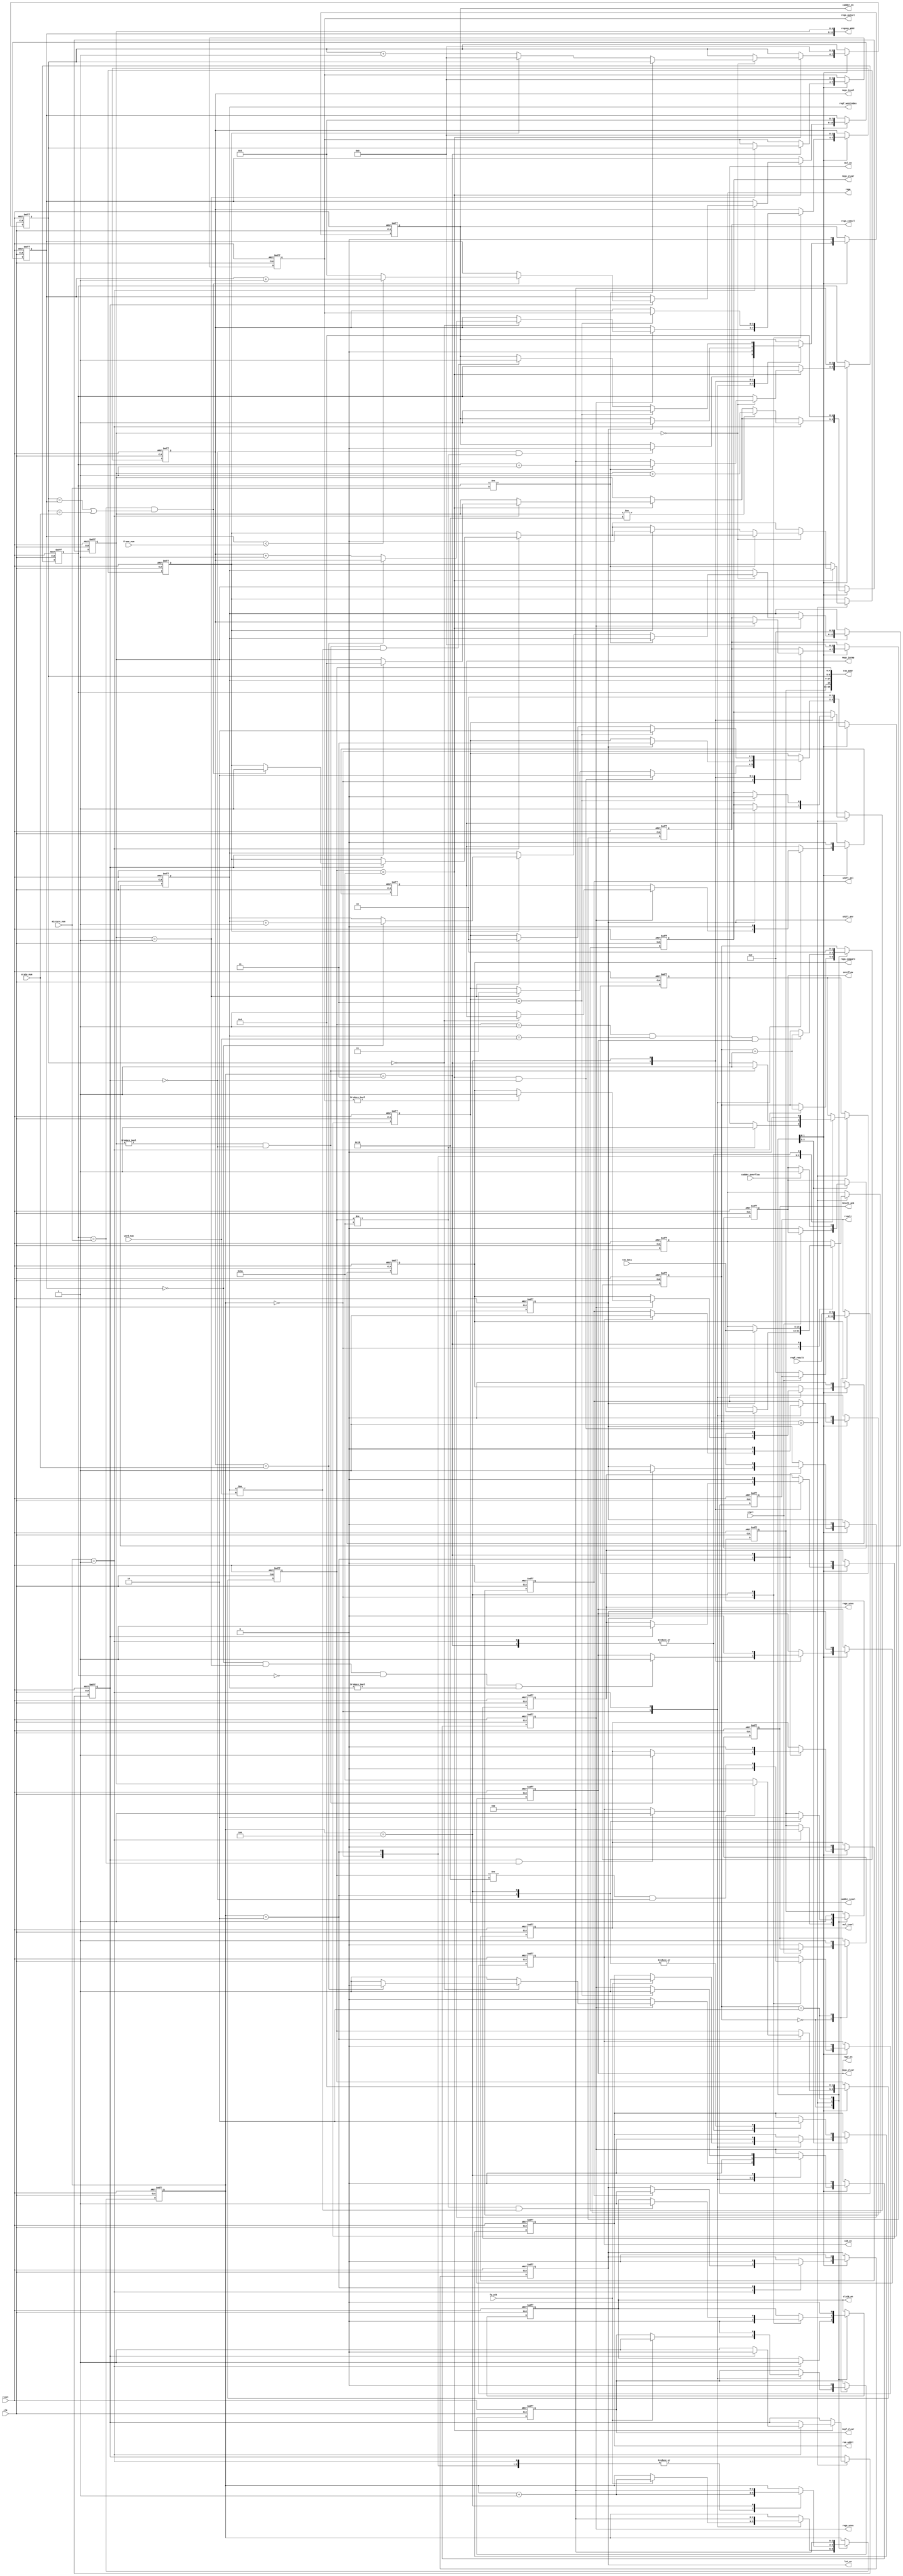
module decon(start,fv_ack,clk,reset,result_ack,result,overflow,
			rom_data,rom_addr,rom_addrt,
			regcep_addr,
			cla16_en,
			mul_insel,mul_en,
			cadder_overflow,cadder_en,cadder_insel,rega,
			regx_wren,regx_clear,
			sub_en,
			shift_enr,shift_enl,
			lut_en,
			regs_wren,regs_insel,regs_intmp,regs_outsel,regs_compare,regs_comsel,regs_clear,
			regf_en,regf_wordindex,regf_clear,regf_result,
			frame_num,state_num,mixture_num,word_num);

input start,fv_ack;
input clk,reset;
output result_ack,overflow;
reg result_ack,overflow;
output [5:0]result;
reg [5:0]result;

input [15:0]rom_data;

output [18:0]rom_addr;
output rom_addrt;
reg rom_addrt;

output [12:0]regcep_addr;

output cla16_en;
reg cla16_en;

output mul_insel,mul_en;
reg mul_insel,mul_en;

input cadder_overflow;
output cadder_en;
output [1:0]cadder_insel;
output [15:0]rega;
reg cadder_en;
reg [1:0]cadder_insel;
reg [15:0]rega;//hold lnaij-lnaii

output regx_wren,regx_clear;
reg regx_wren,regx_clear;

output sub_en;
reg sub_en;

output shift_enr,shift_enl;
reg shift_enr,shift_enl;

output lut_en;
reg lut_en;

output regs_wren,regs_intmp,regs_compare,regs_clear;
output [3:0]regs_insel,regs_outsel,regs_comsel;
reg regs_wren,regs_intmp,regs_compare;
reg [3:0]regs_insel,regs_outsel,regs_comsel;

output regf_en,regf_clear;
output [5:0]regf_wordindex;
reg regf_en,regf_clear;
input [5:0]regf_result;

input [7:0]frame_num;//frame_num=true_frame_number-1,max=256
input [3:0]state_num;//max=16
input [2:0]mixture_num;//max=8
input [5:0]word_num;//max=64;

reg [4:0]addr_com;//last 5 bit for rom, 26 vectors
reg [4:0]addr_cam;//last 5 bit for ram, 26 vectors

reg [7:0]frame_addr;//first 8 address for ram, count frame

reg [2:0]db;//first address bit of rom,double mixtures,0 for x1,1 for x2
reg mean;//second address bit of rom,1 for mean,0 for variance
reg [5:0]word_addr;//count the current word index
reg [3:0]state_addr;//count state of the model
reg tsa;

reg delay;

/*---state machine---*/

reg [1:0]state;
reg [2:0]statei;

assign rom_addr={db,mean,word_addr,state_addr,addr_com};
assign regcep_addr={frame_addr,addr_cam};
assign regf_wordindex=word_addr;
assign regs_clear=regf_en;

always@(posedge clk or negedge reset)
begin
	if(reset==0)
	begin
		addr_cam<=0;
		frame_addr<=0;
		
		addr_com<=0;
		rom_addrt<=0;
		db<=0;
		mean<=1;
		word_addr<=0;
		state_addr<=0;
		tsa<=0;
		cla16_en<=0;
		
		mul_insel<=0;
		mul_en<=0;
		
		cadder_en<=0;
		cadder_insel<=0;
		rega<=0;
		
		regx_wren<=0;
		regx_clear<=0;
		
		sub_en<=0;
		
		shift_enr<=0;
		shift_enl<=0;
		
		lut_en<=0;
		
		regs_wren<=0;
		regs_insel<=0;
		regs_intmp<=0;
		regs_outsel<=0;
		regs_compare<=0;
		regs_comsel<=0;
		
		regf_en<=0;
		regf_clear<=0;
		
		result_ack<=0;
		result<=0;
		overflow<=0;
		
		state<=0;
		statei<=0;
		delay<=0;
	end
	else
	begin
	 case(state)
			0:
			/*---read in model parameters when fv_ack is 1---*/
			begin
				if(start==0)
				begin
					overflow<=0;
					result_ack<=0;
					result<=0;
				end
				
				case(statei)
				0:
				begin
					if(fv_ack==1)
					begin
						rom_addrt<=1;
						regf_clear<=1;
						statei<=statei+1;
					end
				end
				1:
				begin
					rom_addrt<=0;
					mean<=0;
					regf_clear<=0;
					cla16_en<=1;
					statei<=0;
					state<=state+1;
				end
				endcase
			end
			1:
			begin
				/*---address calculation---*/
				if(cadder_overflow==1)
					overflow<=1;
				if(addr_com==26)
				begin
					if(statei==1)
					begin
						if(delay==0)
							delay<=1;
						else
						begin
							addr_cam<=0;
							delay<=0;
							
							if(db==mixture_num && (state_addr==frame_addr||state_addr==state_num))
							begin
								tsa<=1;
								if(frame_addr<frame_num)
									frame_addr<=frame_addr+1;
								else
									frame_addr<=0;
							end
						end
					end
					if(addr_cam==0)
					begin
						if(db!=mixture_num)
							db<=db+1;//switch between two mixtures
						else
						begin
							db<=0;
							if(tsa==1)
							begin
								tsa<=0;
								state_addr<=0;//calculate through 8 state
								if(frame_addr==0)
									word_addr<=word_addr+1;//increase word index
							end
							else
								state_addr<=state_addr+1;
					end
				end
			end
				
			if(addr_com==1 && word_addr==word_num && regf_en==1)
			begin
				state<=state+1;
			end
			/*---read in x,xmean,var,lnC and lna---*/
			case(statei)
					0:
					begin
						cla16_en<=0;
						if(addr_com!=26)
							mul_en<=1;
						if(delay==0 && addr_com!=26)
						begin
							cadder_en<=0;
						end
						if(addr_cam==1)
						begin
							cadder_insel<=1;
						end
						if(addr_com==26 && delay==0)
						begin
							cadder_insel<=2;
						end
							
						if(addr_com==26 && delay==0)
							rega<=rom_data;
						sub_en<=0;
							
						if(sub_en==1)
						begin
							shift_enl<=1;
						end
							
						if(regs_wren==1)
						begin
							if(state_addr==0)
							begin
								if(regs_insel==state_num)
								begin
									regs_wren<=0;
								end
								else
								begin
									regs_insel<=regs_insel+1;
								end
							end
							else
							begin
								regs_intmp<=1;
							end
								
							if(regs_outsel!=0)
							begin
								regs_compare<=1;
							end
								
							regs_comsel<=regs_insel;
								
						end
							
						statei<=statei+1;
					end
					1:
					begin
						rom_addrt<=1;
							
						if(addr_cam!=25)
						begin
							addr_cam<=addr_cam+1;
						end
							
						mul_en<=0;
							
						cadder_en<=0;
							
						shift_enl<=0;
							
						if(shift_enl==1)
						begin
							lut_en<=1;
						end
							
						regs_wren<=0;
						regs_intmp<=0;
						regs_compare<=0;
							
						statei<=statei+1;
					end
					2:
					begin
						mean<=1;
						rom_addrt<=0;
							
						if(addr_com!=25 && delay!=1)
							addr_com<=addr_cam;
						else
							addr_com<=26;
							
						if(addr_cam!=0 && delay==0)
						begin
							mul_insel<=1;
							mul_en<=1;
						end
							
						lut_en<=0;
							
						if(lut_en==1)
						begin
							shift_enr<=1;
						end
							
						statei<=statei+1;
					end
					3:
					begin
						rom_addrt<=1;
							
						mul_en<=0;
						mul_insel<=0;
							
						if(delay==1)
						begin
							regx_wren<=1;
						end
							
						shift_enr<=0;
							
						if(shift_enr==1)
						begin
							cadder_en<=1;
							cadder_insel<=3;
							rega<=rom_data;
							regx_clear<=1;
						end
							
						if(addr_cam==1)
						begin
							regs_outsel<=state_addr;
						end
							
						if(frame_addr==0 && addr_cam==1 && db==0 && word_addr!=0)
						begin
							regf_en<=1;
						end
							
						statei<=statei+1;
					end
					4:
					begin
						mean<=0;
						rom_addrt<=0;
							
						if(addr_com!=26 && word_addr!=word_num)
						begin
							cla16_en<=1;
						end
							
						if(addr_cam!=0 && delay!=1 && word_addr!=word_num)
						begin
							cadder_en<=1;
						end
							
						if(addr_cam==1)
						begin
							cadder_insel<=0;
						end
							
						if(cadder_insel==3)
						begin
							cadder_en<=1;
							cadder_insel<=2;
								
							regx_clear<=0;
								
							regs_wren<=1;
							regs_insel<=regs_outsel;
						end
							
						regx_wren<=0;
							
						if(delay==1 && db==mixture_num)
						begin
							sub_en<=1;
						end
							
						regf_en<=0;
							
						statei<=0;
					end
				endcase
			end
			2:
			/*---finish recognition---*/
			begin
				result_ack<=1;
				result<=regf_result;
				frame_addr<=0;
				addr_cam<=0;
				db<=0;
				mean<=1;
				word_addr<=0;
				state_addr<=0;
				addr_com<=0;
				cla16_en<=0;
				mul_insel<=0;
					
				cadder_insel<=0;
				cadder_en<=0;
				
				regs_wren<=0;
				regs_insel<=0;
				regs_outsel<=0;
				regs_intmp<=0;
				regs_compare<=0;
				regs_comsel<=0;
					
				regx_wren<=0;
					
				sub_en<=0;
					
				shift_enr<=0;
				shift_enl<=0;
					
				lut_en<=0;
					
				regf_en<=0;
				regf_clear<=0;
					
				state<=0;
				statei<=0;
			end
		endcase
	end
end
endmodule